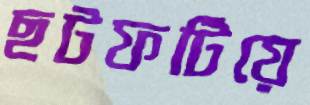
ছটফটিয়ে